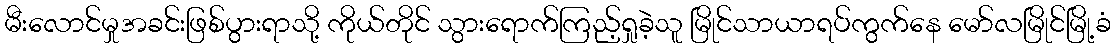
မီးလောင်မှုအခင်းဖြစ်ပွားရာသို့ ကိုယ်တိုင် သွားရောက်ကြည့်ရှုခဲ့သူ မြိုင်သာယာရပ်ကွက်နေ မော်လမြိုင်မြို့ခံ